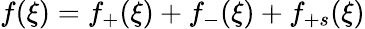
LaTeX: f(\xi)=f_{+}(\xi)+f_{-}(\xi)+f_{+s}(\xi)